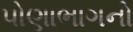
પોણાભાગનો